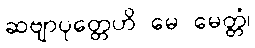
ဆဗျာပုတ္တေဟိ မေ မေတ္တံ၊